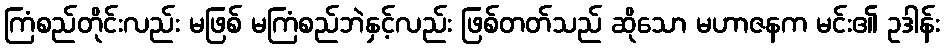
ကြံစည်တိုင်းလည်း မဖြစ် မကြံစည်ဘဲနှင့်လည်း ဖြစ်တတ်သည် ဆိုသော မဟာဇနက မင်း၏ ဥဒါန်း